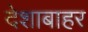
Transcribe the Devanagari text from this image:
देशाबाहर